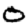
Digit: 0